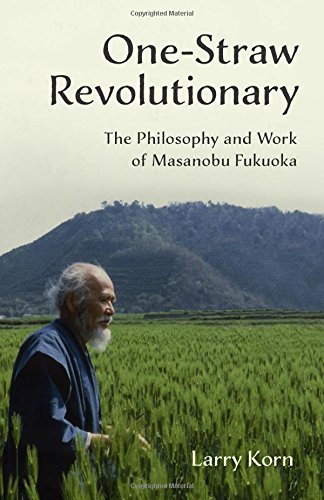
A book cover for One-Straw Revolutionary: The Philosophy and Work of Masanobu Fukuoka; Larry Korn; Science & Math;